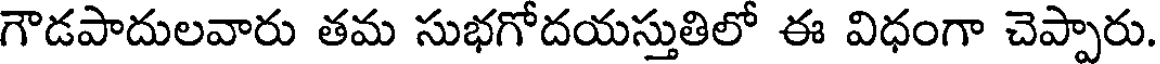
గౌడపాదులవారు తమ సుభగోదయస్తుతిలో ఈ విధంగా చెప్పారు